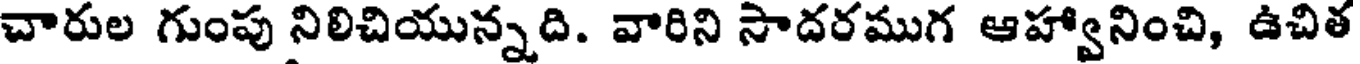
చారుల గుంపు నిలిచియున్నది. వారిని సాదరముగ ఆహ్వానించి, ఉచిత